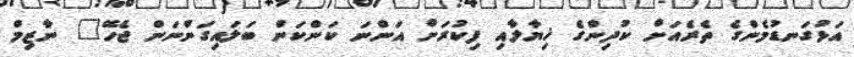
އަޅުގަނޑުމެންގެ ތެރެއަށް ކުދިންގެ ޚިޔާލާއި ފިކުރަށް އަންނަ ކަންކަން ބަލައިގަންނަން ޖެހޭ" ނާޒިމް